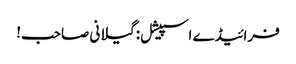
فرائیڈے اسپیشل: گیلانی صاحب!